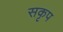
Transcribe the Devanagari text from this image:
सकृप